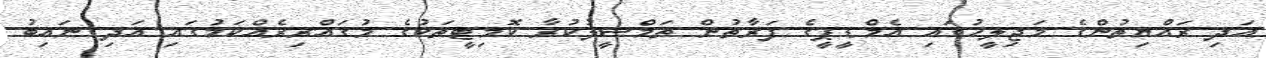
އަދި ރައްޔިތުންގެ މަޖިލީހުގައި އެމްޑީޕީގެ ފަރާތުން ތަމްސީލުކުރާ ކޮމިޓީތަކުގެ މުގައްރިރެއްކަމުގައި އަދި ނައިބު